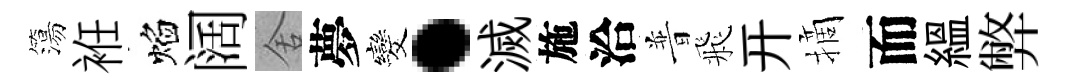
簜袵焰阔舍夢发·滅施洽普飛开摘而緼弊